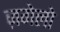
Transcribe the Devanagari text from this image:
ज़गेलो